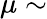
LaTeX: \mu\sim